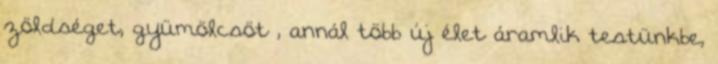
zöldséget, gyümölcsöt , annál több új élet áramlik testünkbe,